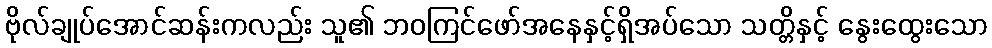
ဗိုလ်ချုပ်အောင်ဆန်းကလည်း သူ၏ ဘဝကြင်ဖော်အနေနှင့်ရှိအပ်သော သတ္တိနှင့် နွေးထွေးသော